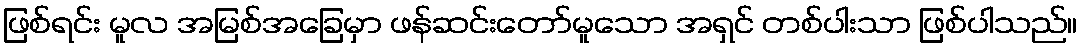
ဖြစ်ရင်း မူလ အမြစ်အခြေမှာ ဖန်ဆင်းတော်မူသော အရှင် တစ်ပါးသာ ဖြစ်ပါသည်။